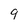
Character: q